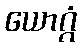
ယောဂ္ဂံ